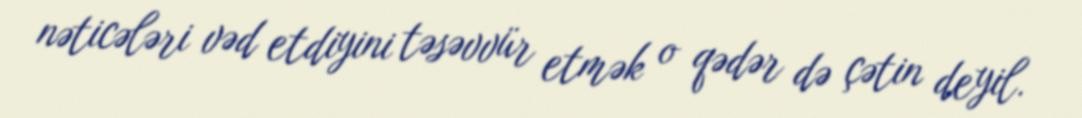
nəticələri vəd etdiyini təsəvvür etmək o qədər də çətin deyil.